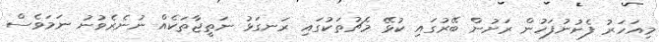
މިއަހަރު ފެށުނުފަހުން ރަށުން ބޭރުގައި ކުޅޭ މެޗުތަކުގައި ރަނގަޅު ނަތީޖާތަކެއް ނުނެރެވުނު ނަމަވެސް